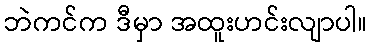
ဘဲကင်က ဒီမှာ အထူးဟင်းလျာပါ။